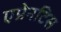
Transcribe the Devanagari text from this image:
एप्रेनटिस